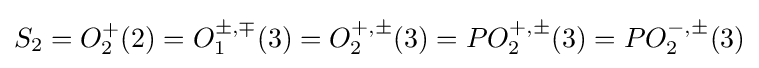
S_{2}=O_{2}^{+}(2)=O_{1}^{\pm ,\mp }(3)=O_{2}^{+,\pm }(3)=PO_{2}^{+,\pm }(3)=PO_{2}^{-,\pm }(3)